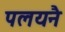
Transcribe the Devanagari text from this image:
पलयनै